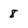
Character: 8